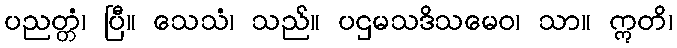
ပညတ္တံ၊ ပြီ။ သေသံ၊ သည်။ ပဌမသဒိသမေဝ၊ သာ။ ဣတိ၊